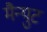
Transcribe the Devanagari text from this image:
मैन्युट